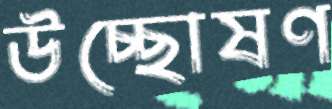
উচ্ছোষণ